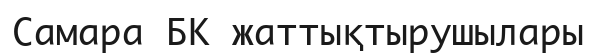
Самара БК жаттықтырушылары